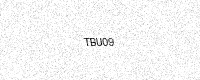
Text: TBU09